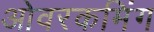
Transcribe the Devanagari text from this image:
ओवरकमिंग